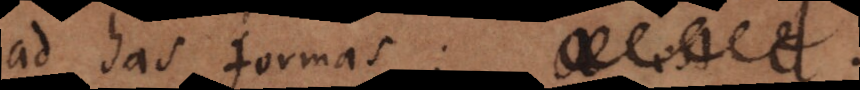
ad has formas: